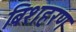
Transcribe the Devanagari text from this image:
बिशहरण